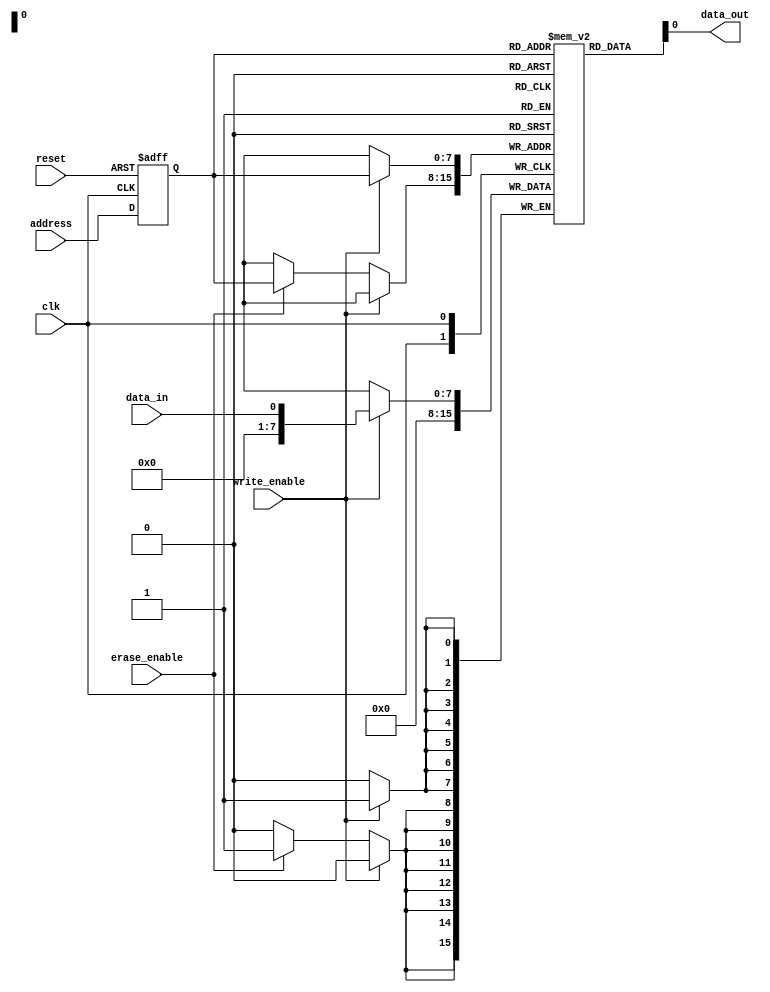
module EEPROM(
    input wire clk,
    input wire reset,
    input wire [7:0] address,
    input wire data_in,
    output wire data_out,
    input wire write_enable,
    input wire erase_enable
);

reg [7:0] memory [0:255];
reg [7:0] selected_memory;

always @(posedge clk or posedge reset) begin
    if (reset) begin
        selected_memory <= 8'b0;
    end else begin
        selected_memory <= address;
    end
end

always @(posedge clk) begin
    if (write_enable) begin
        memory[selected_memory] <= data_in;
    end else if (erase_enable) begin
        memory[selected_memory] <= 8'b0;
    end
end

assign data_out = memory[selected_memory];

endmodule